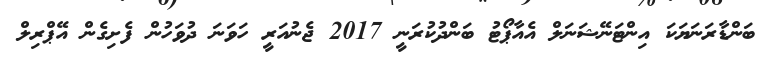
ބަންޑާރަނަޔަކަ އިންޓަނޭޝަނަލް އެއާޕޯޓު ބަންދުކުރަނީ 2017 ޖެނުއަރީ ހަވަނަ ދުވަހުން ފެށިގެން އޭޕްރިލް